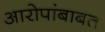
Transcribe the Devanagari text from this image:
आरोपांबाबत